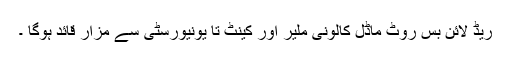
ریڈ لائن بس روٹ ماڈل کالونی ملیر اور کینٹ تا یونیورسٹی سے مزار قائد ہوگا ۔